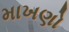
માખણો